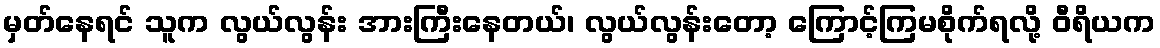
မှတ်နေရင် သူက လွယ်လွန်း အားကြီးနေတယ်၊ လွယ်လွန်းတော့ ကြောင့်ကြမစိုက်ရလို့ ဝီရိယက